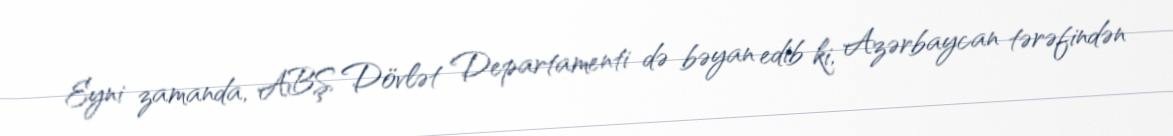
Eyni zamanda, ABŞ Dövlət Departamenti də bəyan edib ki, Azərbaycan tərəfindən